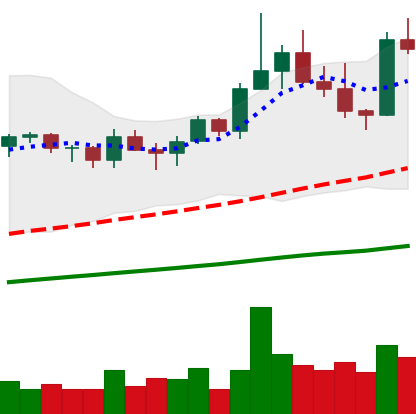
Ticker: TRX-USD
Chart end date: 2021-03-27
Forward return: 35.006%
Label: up_7plus